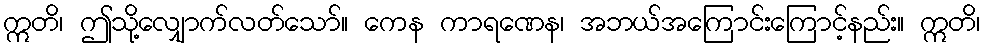
ဣတိ၊ ဤသို့လျှောက်လတ်သော်။ ကေန ကာရဏေန၊ အဘယ်အကြောင်းကြောင့်နည်း။ ဣတိ၊